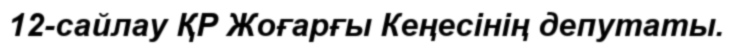
12-сайлау ҚР Жоғарғы Кеңесінің депутаты.